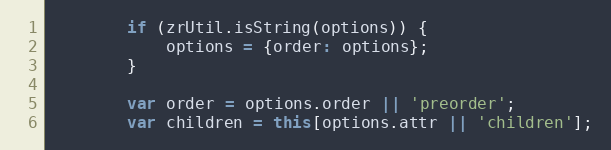
Language: JavaScript
        if (zrUtil.isString(options)) {
            options = {order: options};
        }

        var order = options.order || 'preorder';
        var children = this[options.attr || 'children'];